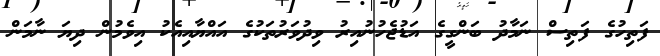
ފަތިހުގެ ފަތިސް ނަމާދު ބަންގީގެ އަޑުޖެހުނުއިރު ވިދުވަރުތަކުގެ އައްޔާއިއެކު އިވެމުން ދިޔަ ނާމަން